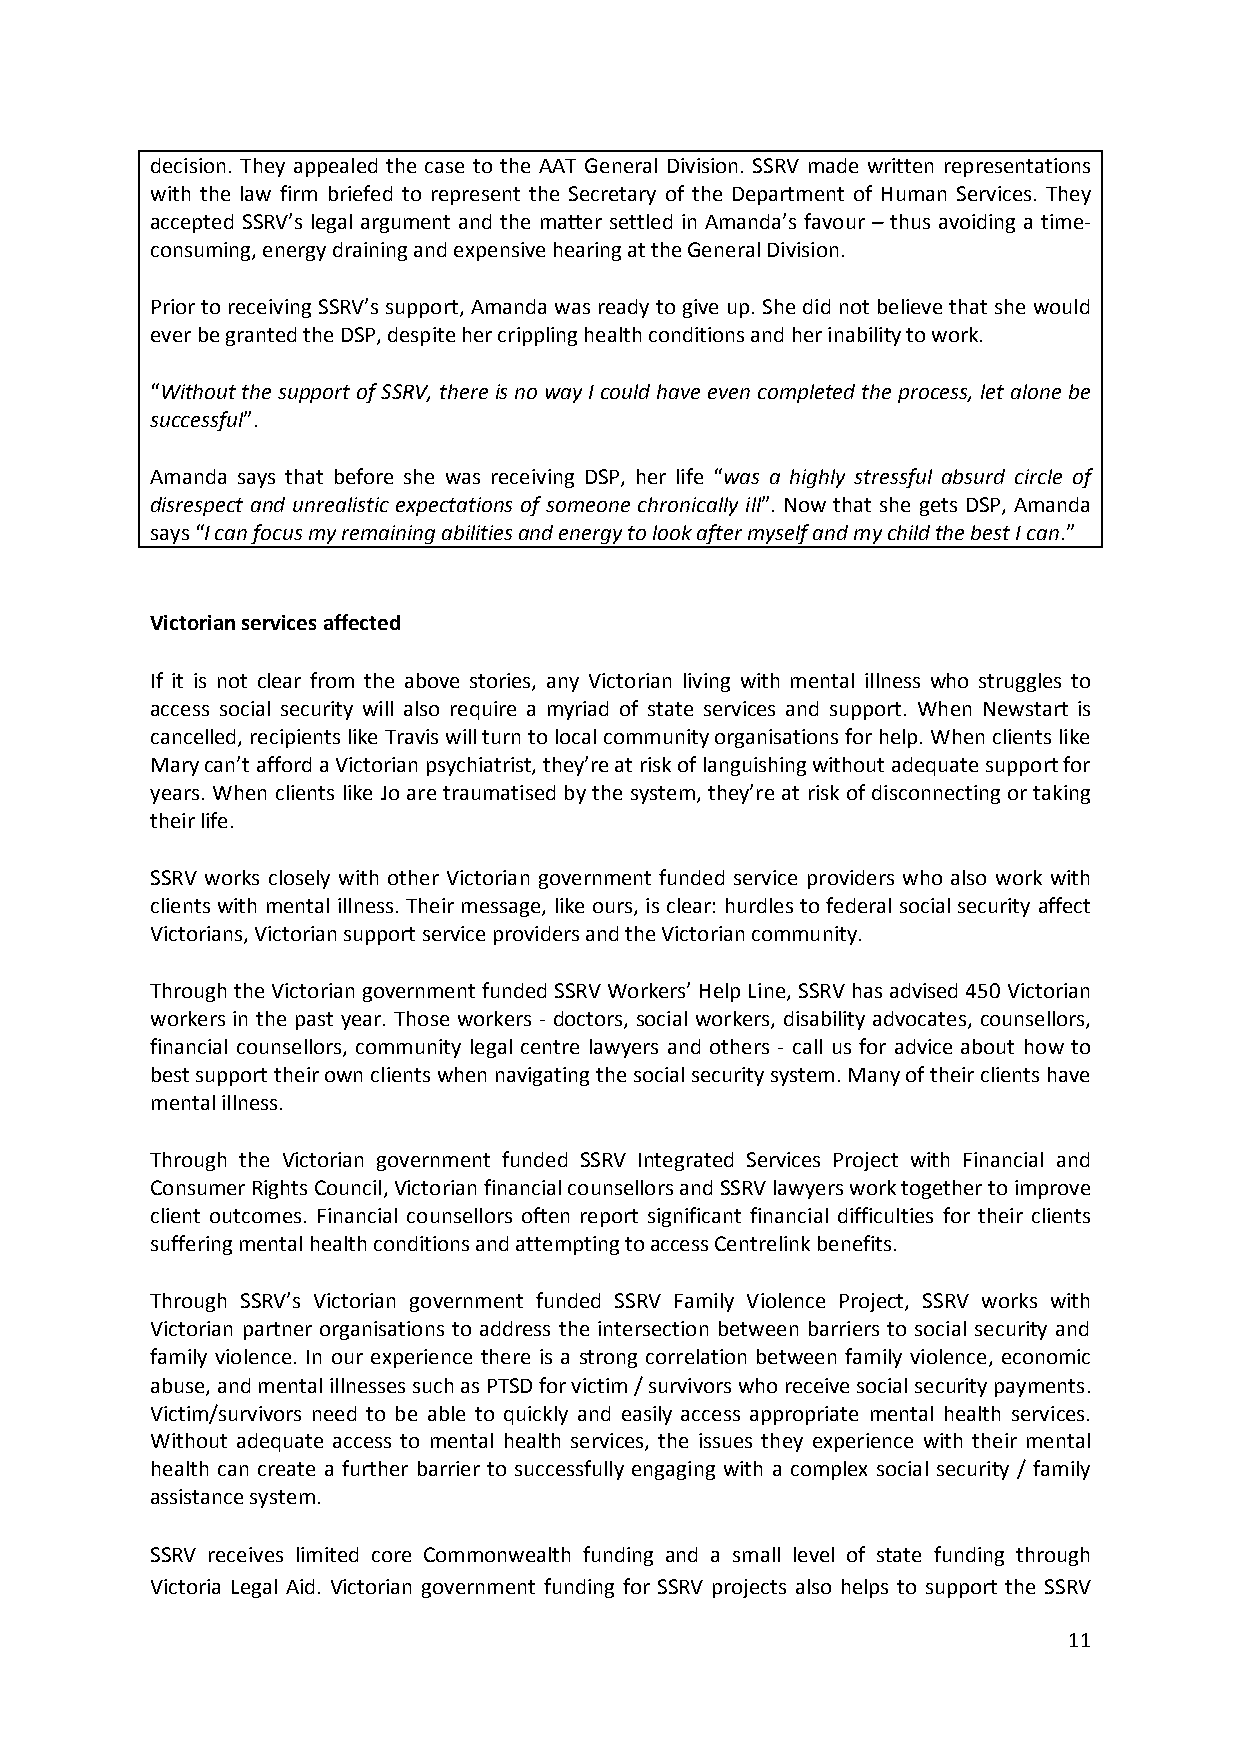
decision. They appealed the case to the AAT General Division. SSRV made written representations
 with the law firm briefed to represent the Secretary of the Department of Human Services. They
 accepted SSRV’s legal argument and the matter settled in Amanda’s favour – thus avoiding a time-
 consuming, energy draining and expensive hearing at the General Division.
 Prior to receiving SSRV’s support, Amanda was ready to give up. She did not believe that she would
 ever be granted the DSP, despite her crippling health conditions and her inability to work.
 “Without the support of SSRV, there is no way I could have even completed the process, let alone be
 successful”.
 Amanda says that before she was receiving DSP, her life “was a highly stressful absurd circle of
 disrespect and unrealistic expectations of someone chronically ill”. Now that she gets DSP, Amanda
 says “I can focus my remaining abilities and energy to look after myself and my child the best I can.”
 Victorian services affected
 If it is not clear from the above stories, any Victorian living with mental illness who struggles to
 access social security will also require a myriad of state services and support. When Newstart is
 cancelled, recipients like Travis will turn to local community organisations for help. When clients like
 Mary can’t afford a Victorian psychiatrist, they’re at risk of languishing without adequate support for
 years. When clients like Jo are traumatised by the system, they’re at risk of disconnecting or taking
 their life.
 SSRV works closely with other Victorian government funded service providers who also work with
 clients with mental illness. Their message, like ours, is clear: hurdles to federal social security affect
 Victorians, Victorian support service providers and the Victorian community.
 Through the Victorian government funded SSRV Workers’ Help Line, SSRV has advised 450 Victorian
 workers in the past year. Those workers - doctors, social workers, disability advocates, counsellors,
 financial counsellors, community legal centre lawyers and others - call us for advice about how to
 best support their own clients when navigating the social security system. Many of their clients have
 mental illness.
 Through the Victorian government funded SSRV Integrated Services Project with Financial and
 Consumer Rights Council, Victorian financial counsellors and SSRV lawyers work together to improve
 client outcomes. Financial counsellors often report significant financial difficulties for their clients
 suffering mental health conditions and attempting to access Centrelink benefits.
 Through SSRV’s Victorian government funded SSRV Family Violence Project, SSRV works with
 Victorian partner organisations to address the intersection between barriers to social security and
 family violence. In our experience there is a strong correlation between family violence, economic
 abuse, and mental illnesses such as PTSD for victim / survivors who receive social security payments.
 Victim/survivors need to be able to quickly and easily access appropriate mental health services.
 Without adequate access to mental health services, the issues they experience with their mental
 health can create a further barrier to successfully engaging with a complex social security / family
 assistance system.
 SSRV receives limited core Commonwealth funding and a small level of state funding through
 Victoria Legal Aid. Victorian government funding for SSRV projects also helps to support the SSRV
 11